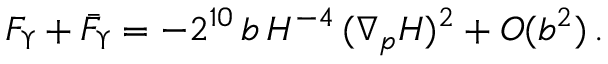
F _ { \Upsilon } + \bar { F } _ { \Upsilon } = - 2 ^ { 1 0 } \, b \, H ^ { - 4 } \, ( \nabla _ { p } H ) ^ { 2 } + { \cal O } ( b ^ { 2 } ) \, .